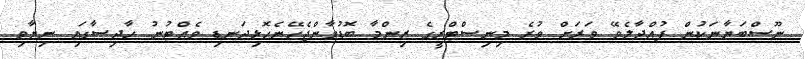
ނޫސްބަޔާނަކުން ފުއްދާލެވޭ ވަރަށް ވުރެ މިނިސްޓްރީގެ ޒިންމާ ބޮޑުވާންޖެހޭނެހޮޅިދަނޑި ވެއްޓުނު ހާދިސާގައި ނިޔާވި